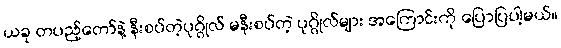
ယခု တပည့်တော်နဲ့ နီးစပ်တဲ့ပုဂ္ဂိုလ် မနီးစပ်တဲ့ ပုဂ္ဂိုလ်များ အကြောင်းကို ပြောပြပါ့မယ်။